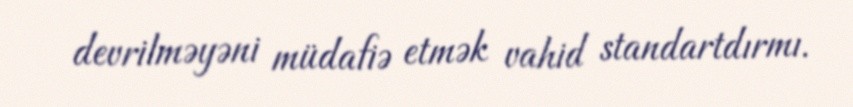
devrilməyəni müdafiə etmək vahid standartdırmı.